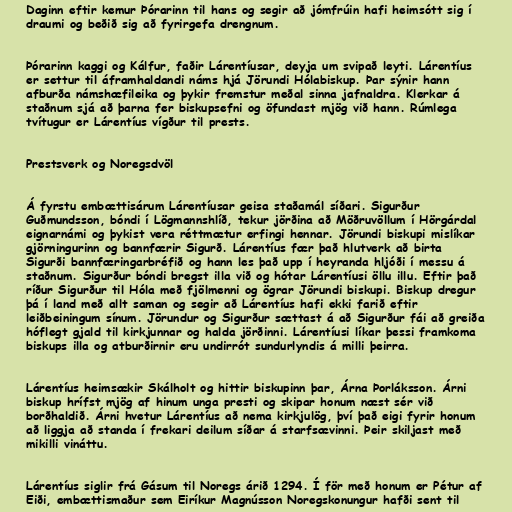
Daginn eftir kemur Þórarinn til hans og segir að jómfrúin hafi heimsótt sig í
draumi og beðið sig að fyrirgefa drengnum.

Þórarinn kaggi og Kálfur, faðir Lárentíusar, deyja um svipað leyti. Lárentíus
er settur til áframhaldandi náms hjá Jörundi Hólabiskup. Þar sýnir hann
afburða námshæfileika og þykir fremstur meðal sinna jafnaldra. Klerkar á
staðnum sjá að þarna fer biskupsefni og öfundast mjög við hann. Rúmlega
tvítugur er Lárentíus vígður til prests.

Prestsverk og Noregsdvöl

Á fyrstu embættisárum Lárentíusar geisa staðamál síðari. Sigurður
Guðmundsson, bóndi í Lögmannshlíð, tekur jörðina að Möðruvöllum í Hörgárdal
eignarnámi og þykist vera réttmætur erfingi hennar. Jörundi biskupi mislíkar
gjörningurinn og bannfærir Sigurð. Lárentíus fær það hlutverk að birta
Sigurði bannfæringarbréfið og hann les það upp í heyranda hljóði í messu á
staðnum. Sigurður bóndi bregst illa við og hótar Lárentíusi öllu illu. Eftir það
ríður Sigurður til Hóla með fjölmenni og ögrar Jörundi biskupi. Biskup dregur
þá í land með allt saman og segir að Lárentíus hafi ekki farið eftir
leiðbeiningum sínum. Jörundur og Sigurður sættast á að Sigurður fái að greiða
hóflegt gjald til kirkjunnar og halda jörðinni. Lárentíusi líkar þessi framkoma
biskups illa og atburðirnir eru undirrót sundurlyndis á milli þeirra.

Lárentíus heimsækir Skálholt og hittir biskupinn þar, Árna Þorláksson. Árni
biskup hrífst mjög af hinum unga presti og skipar honum næst sér við
borðhaldið. Árni hvetur Lárentíus að nema kirkjulög, því það eigi fyrir honum
að liggja að standa í frekari deilum síðar á starfsævinni. Þeir skiljast með
mikilli vináttu.

Lárentíus siglir frá Gásum til Noregs árið 1294. Í för með honum er Pétur af
Eiði, embættismaður sem Eiríkur Magnússon Noregskonungur hafði sent til